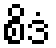
စိဒံ